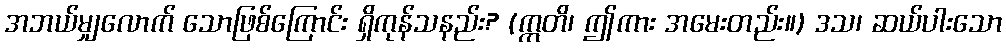
အဘယ်မျှလောက် သောဖြစ်ကြောင်း ရှိကုန်သနည်း? (ဣတိ၊ ဤကား အမေးတည်း။) ဒသ၊ ဆယ်ပါးသော